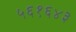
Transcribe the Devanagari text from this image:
५६१६४३